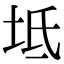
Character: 坻